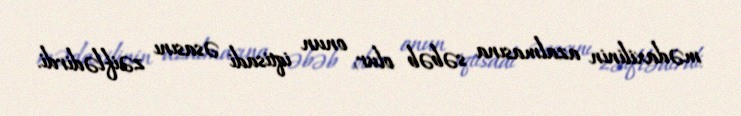
mədaxilinin azalmasına səbəb olur, onun iqtisadi əsasını zəiflədirdi.